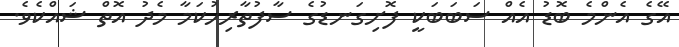
އޭގެ އެންމެ ބޮޑު އެއް ސަބަބަކީ ފޮށިގަނޑުގެ ސާފުތާރިހުކަމާ މެދު އޮތް ޝައްކެވެ.